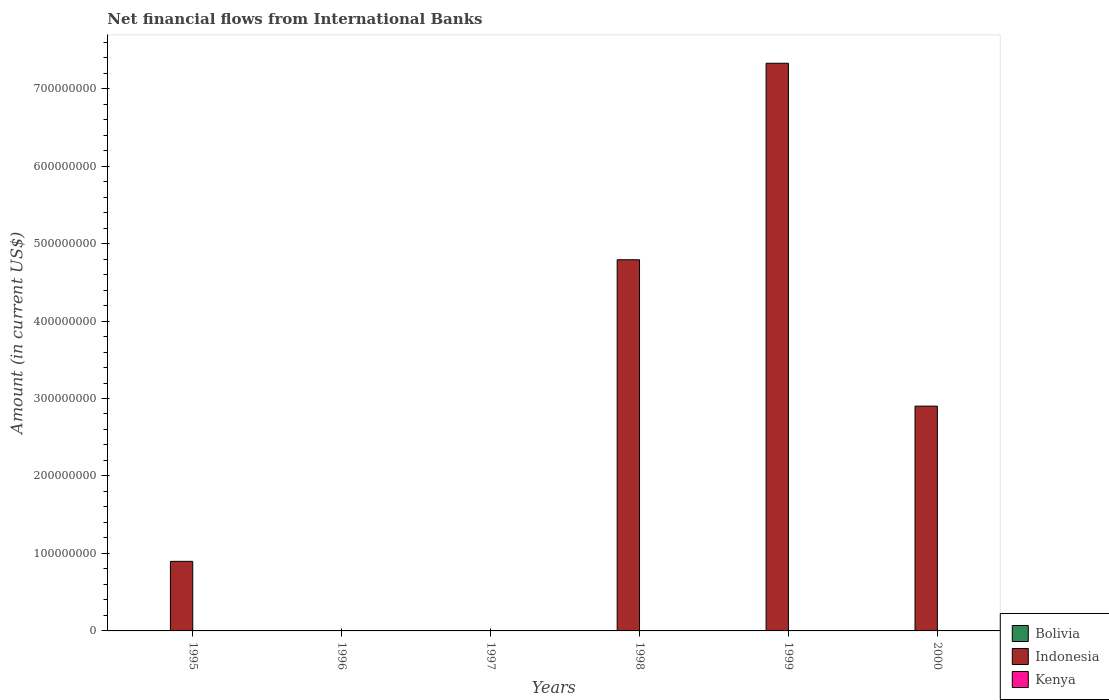
| Years | Bolivia | Indonesia | Kenya |
 | --- | --- | --- | --- |
 | 1995 | -2.65e+07 | 8.98e+07 | -1e+08 |
 | 1996 | -2.54e+07 | -5.03e+08 | -8.85e+07 |
 | 1997 | -1.94e+07 | -2.45e+08 | -7.38e+07 |
 | 1998 | -1.28e+07 | 4.79e+08 | -6.59e+07 |
 | 1999 | -1.35e+07 | 7.33e+08 | -5.85e+07 |
 | 2000 | -1.19e+07 | 2.9e+08 | -4.04e+07 |